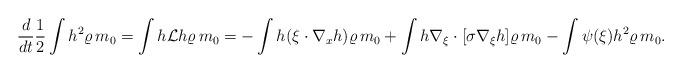
LaTeX: \begin{align*}\frac{d}{dt} \frac{1}{2} \int h^2 \varrho\, m_0 =\int h\mathcal{L} h \varrho\, m_0 = -\int h (\xi\cdot \nabla_x h) \varrho\, m_0 + \int h\nabla_{\xi}\cdot[\sigma\nabla_{\xi}h]\varrho\, m_0 -\int \psi(\xi) h^2 \varrho\, m_0.\end{align*}